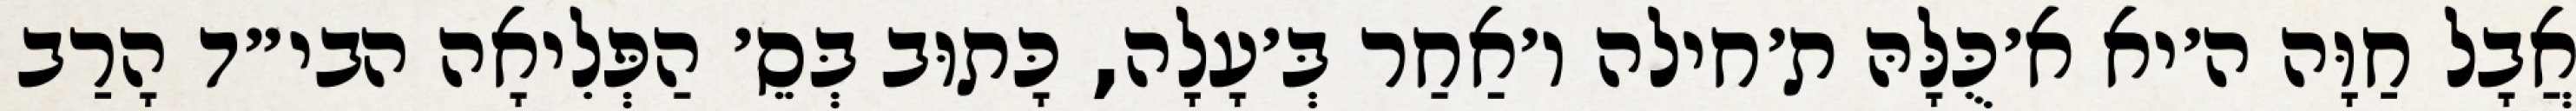
אֲבָל חַוָּה ה׳יא א׳כֻּלָּהּ ת׳חילה ו׳אַחַר בְּ׳עָלָה, כָּתוּב בְּסֵ׳ הַפְּלִיאָה הבי״ד הָרַב